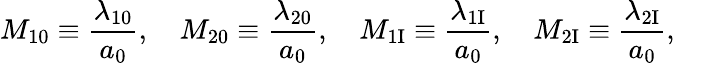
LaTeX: M_{10}\equiv\frac{\lambda_{10}}{a_{0}},\quad M_{20}\equiv\frac{\lambda_{20}}{a_{0}},\quad M_{\mathrm{1I}}\equiv\frac{\lambda_{\mathrm{1I}}}{a_{0}},\quad M_{\mathrm{2I}}\equiv\frac{\lambda_{\mathrm{2I}}}{a_{0}},\quad